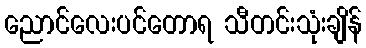
ညောင်လေးပင်တောရ သီတင်းသုံးချိန်